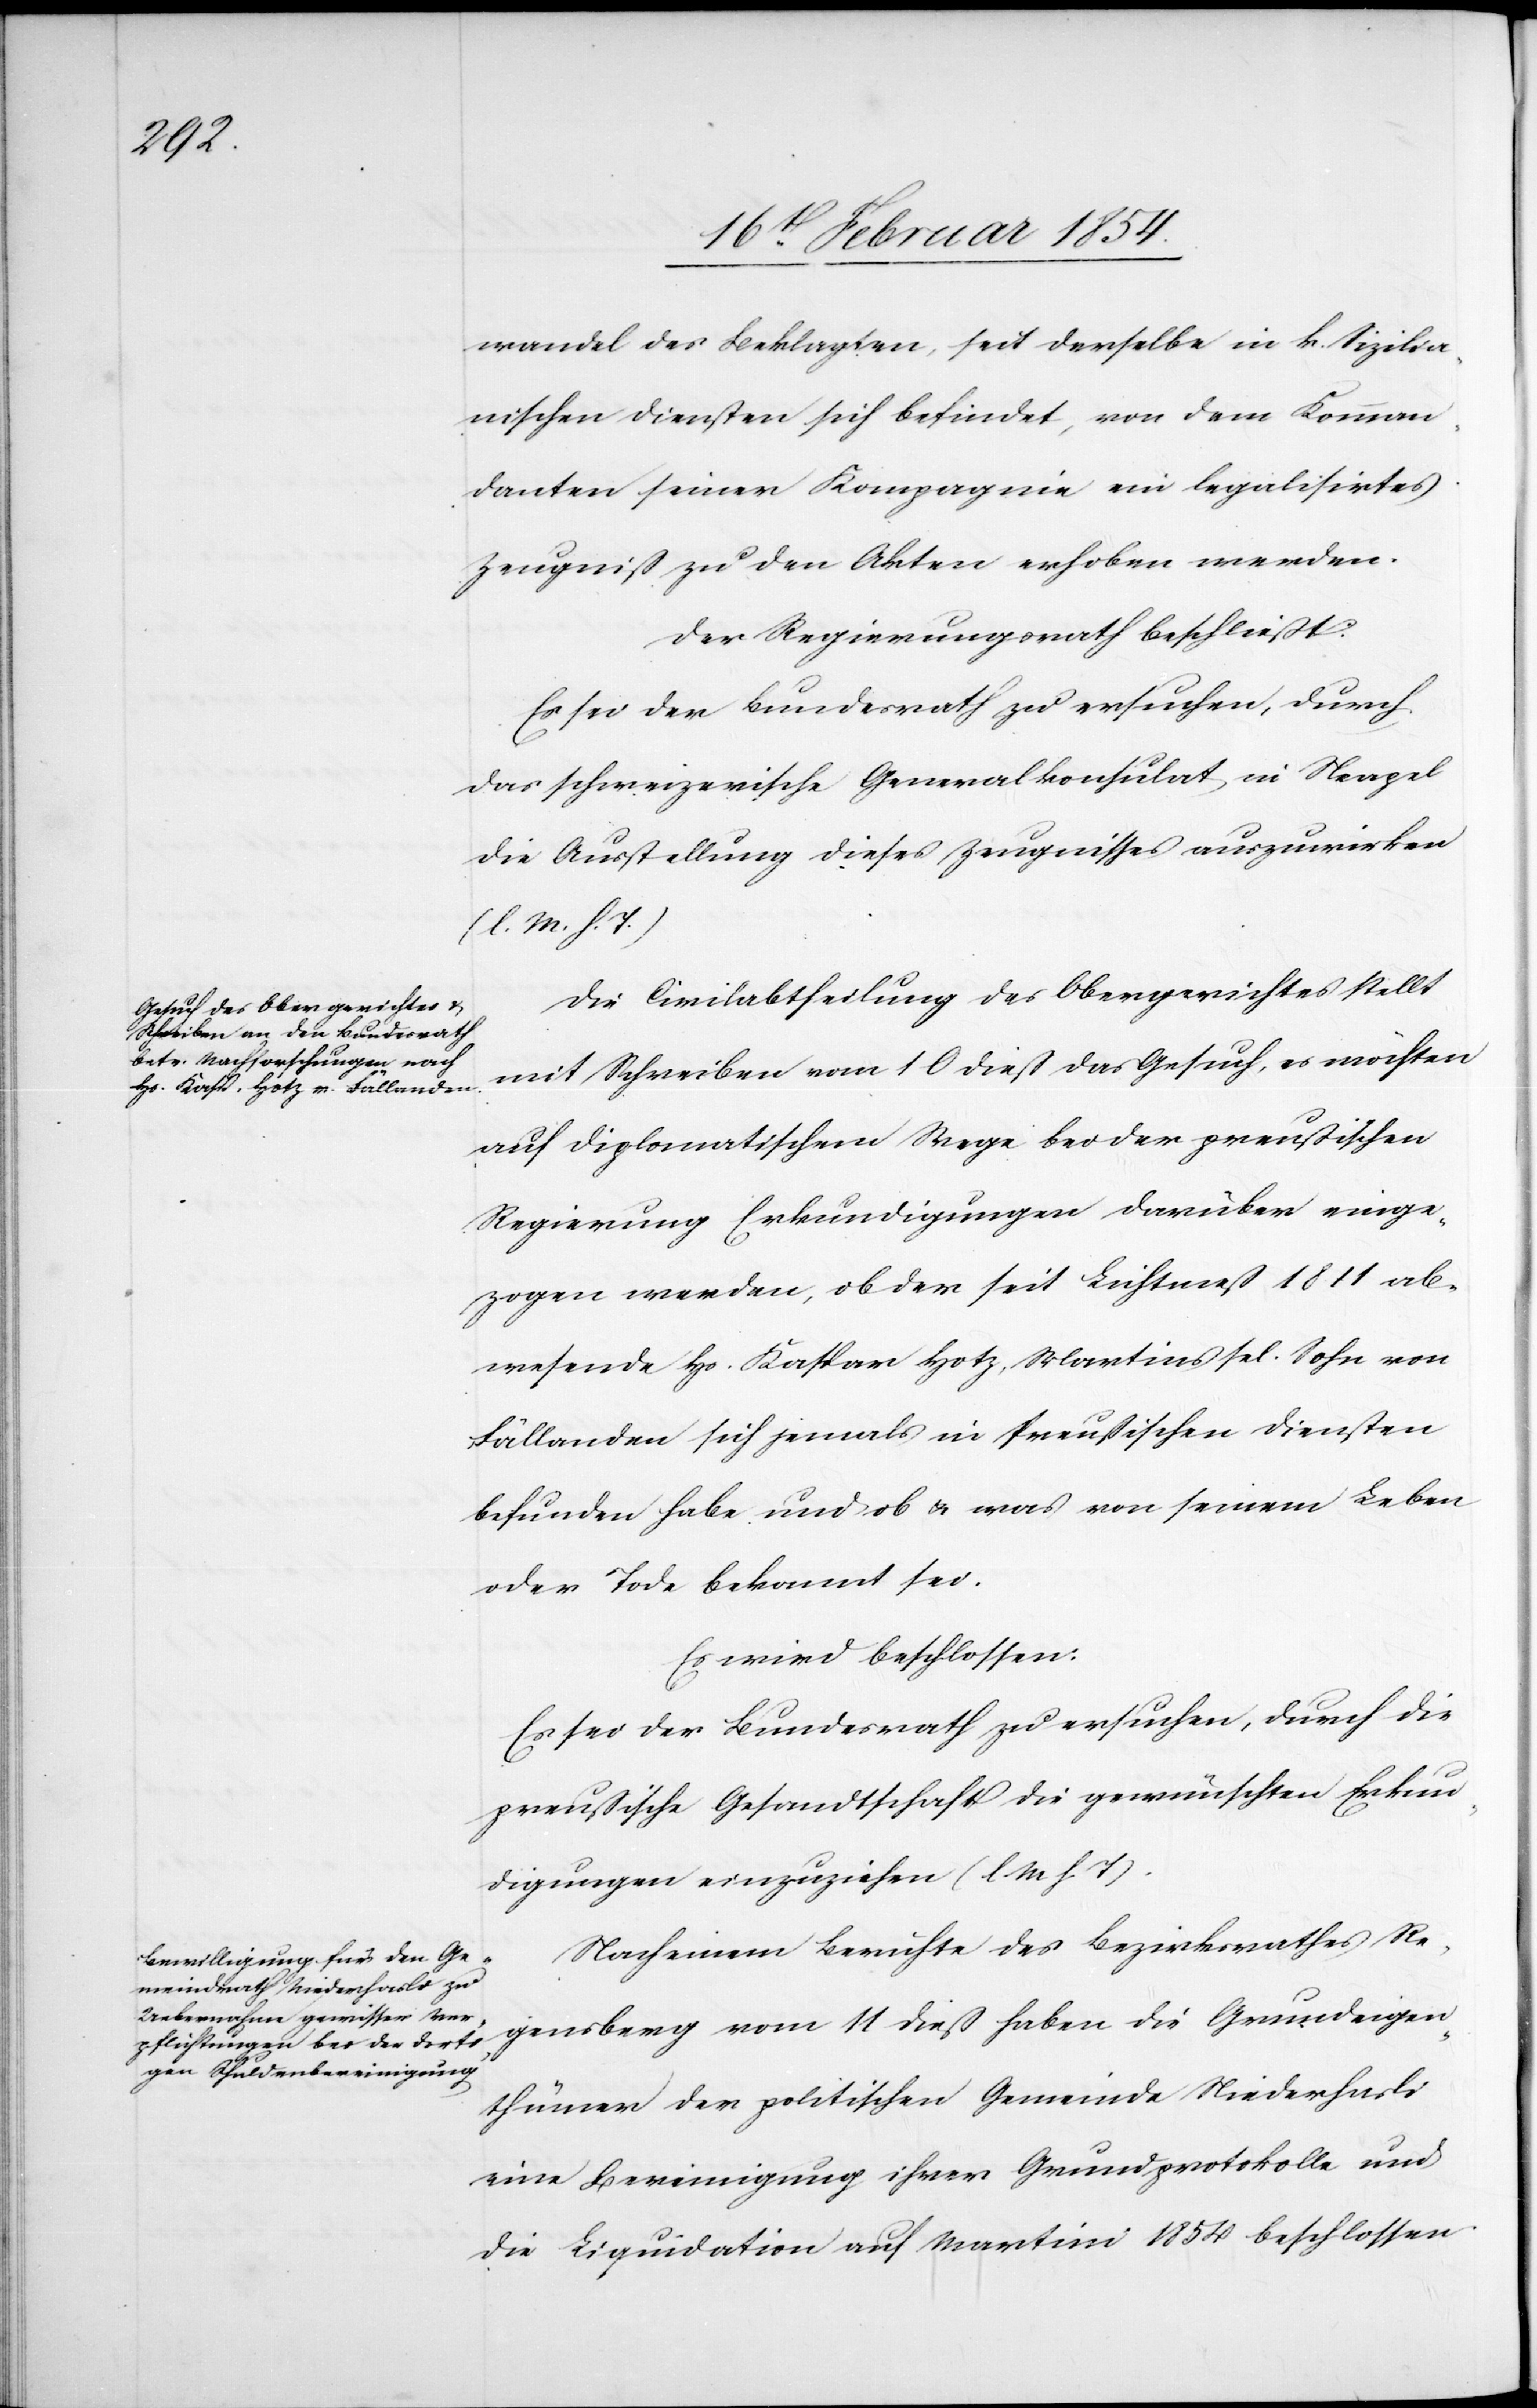
wandel des Beklagten, seit derselbe in k. Sizilia¬
nischen Diensten sich befindet, von dem Komman¬
danten seiner Kompagnie ein legalisirtes
Zeugniß zu den Akten erhoben werden.
Der Regierungsrath beschließt:
Es sei der Bundesrath zu ersuchen, durch
das schweizerische Generalkonsulat in Neapel
die Ausstellung dieses Zeugnisses auszuwirken
(l. M. h. T.)[.]
Die Civilabtheilung des Obergerichtes stellt
mit Schreiben vom 10 dieß das Gesuch, es möchten
auf diplomatischem Wege bei der preußischen
Regierung Erkundigungen darüber einge¬
zogen werden, ob der seit Lichtmeß 1841 ab¬
wesende Hs. Kaspar Hotz, Martins sel. Sohn von
Fällanden sich jemals in Preußischen Diensten
befunden habe und ob u. was von seinem Leben
oder Tode bekannt sei.
Es wird beschlossen:
Es sei der Bundesrath zu ersuchen, durch die
preußische Gesandtschaft die gewünschten Erkun¬
digungen einzuziehen (l. M. h. T).
Nach einem Berichte des Bezirksrathes Re¬
gensberg vom 11 dieß haben die Grundeigen¬
thümer der politischen Gemeinde Niederhasli
eine Bereinigung ihrer Grundprotokolle und
die Liquidation auf Martini 1854 beschlossen.